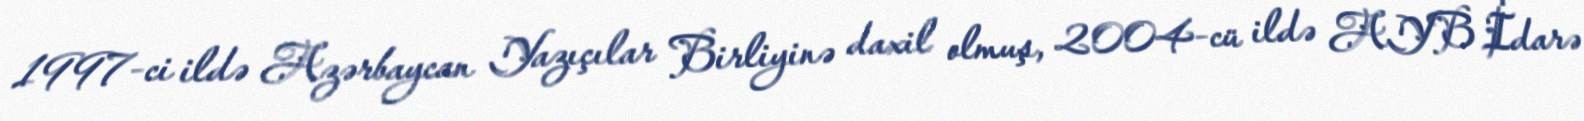
1997-ci ildə Azərbaycan Yazıçılar Birliyinə daxil olmuş, 2004-cü ildə AYB İdarə